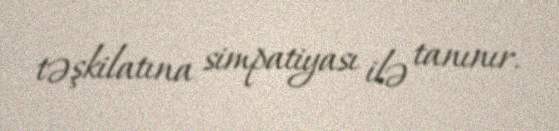
təşkilatına simpatiyası ilə tanınır.